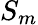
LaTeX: S_{m}